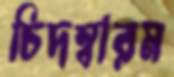
চিদম্বারম